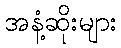
အနံ့ဆိုးများ